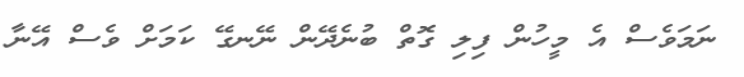
ނަމަވެސް އެ މީހުން ފިލި ގޮތް ބުނެދޭން ނޭނގޭ ކަމަށް ވެސް އޭނާ